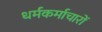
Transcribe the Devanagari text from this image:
धर्मकर्माचारों